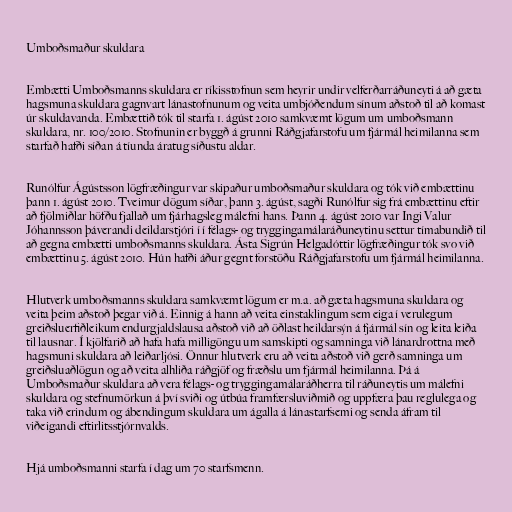
Umboðsmaður skuldara

Embætti Umboðsmanns skuldara er ríkisstofnun sem heyrir undir velferðarráðuneyti á að gæta
hagsmuna skuldara gagnvart lánastofnunum og veita umbjóðendum sínum aðstoð til að komast
úr skuldavanda. Embættið tók til starfa 1. ágúst 2010 samkvæmt lögum um umboðsmann
skuldara, nr. 100/2010. Stofnunin er byggð á grunni Ráðgjafarstofu um fjármál heimilanna sem
starfað hafði síðan á tíunda áratug síðustu aldar.

Runólfur Ágústsson lögfræðingur var skipaður umboðsmaður skuldara og tók við embættinu
þann 1. ágúst 2010. Tveimur dögum síðar, þann 3. ágúst, sagði Runólfur sig frá embættinu eftir
að fjölmiðlar höfðu fjallað um fjárhagsleg málefni hans. Þann 4. ágúst 2010 var Ingi Valur
Jóhannsson þáverandi deildarstjóri í í félags- og tryggingamálaráðuneytinu settur tímabundið til
að gegna embætti umboðsmanns skuldara. Ásta Sigrún Helgadóttir lögfræðingur tók svo við
embættinu 5. ágúst 2010. Hún hafði áður gegnt forstöðu Ráðgjafarstofu um fjármál heimilanna.

Hlutverk umboðsmanns skuldara samkvæmt lögum er m.a. að gæta hagsmuna skuldara og
veita þeim aðstoð þegar við á. Einnig á hann að veita einstaklingum sem eiga í verulegum
greiðsluerfiðleikum endurgjaldslausa aðstoð við að öðlast heildarsýn á fjármál sín og leita leiða
til lausnar. Í kjölfarið að hafa hafa milligöngu um samskipti og samninga við lánardrottna með
hagsmuni skuldara að leiðarljósi. Önnur hlutverk eru að veita aðstoð við gerð samninga um
greiðsluaðlögun og að veita alhliða ráðgjöf og fræðslu um fjármál heimilanna. Þá á
Umboðsmaður skuldara að vera félags- og tryggingamálaráðherra til ráðuneytis um málefni
skuldara og stefnumörkun á því sviði og útbúa framfærsluviðmið og uppfæra þau reglulega og
taka við erindum og ábendingum skuldara um ágalla á lánastarfsemi og senda áfram til
viðeigandi eftirlitsstjórnvalds.

Hjá umboðsmanni starfa í dag um 70 starfsmenn.